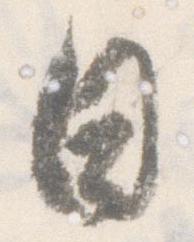
日